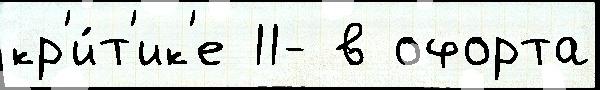
кр'и́т'ик'е 11- в офорта